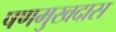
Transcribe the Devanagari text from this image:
षणमुखदास